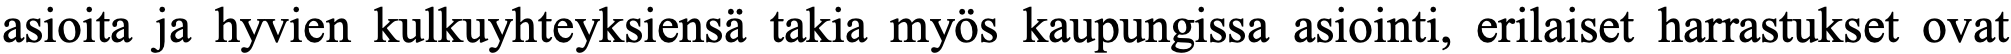
asioita ja hyvien kulkuyhteyksiensä takia myös kaupungissa asiointi, erilaiset harrastukset ovat